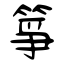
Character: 箏